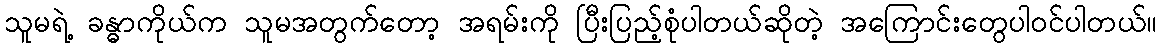
သူမရဲ့ ခန္ဓာကိုယ်က သူမအတွက်တော့ အရမ်းကို ပြီးပြည့်စုံပါတယ်ဆိုတဲ့ အကြောင်းတွေပါဝင်ပါတယ်။